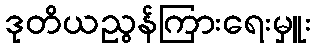
ဒုတိယညွန်ကြားရေးမှူး